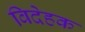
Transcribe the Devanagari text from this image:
विदेहक